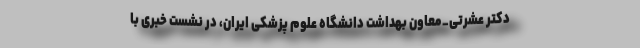
دکتر عشرتی_معاون بهداشت دانشگاه علوم پزشکی ایران، در نشست خبری با